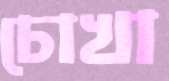
চোখা